Report on the working of the mental hospitals for Indians in Bihar and Orissa - 1925-1929
Year: 1925
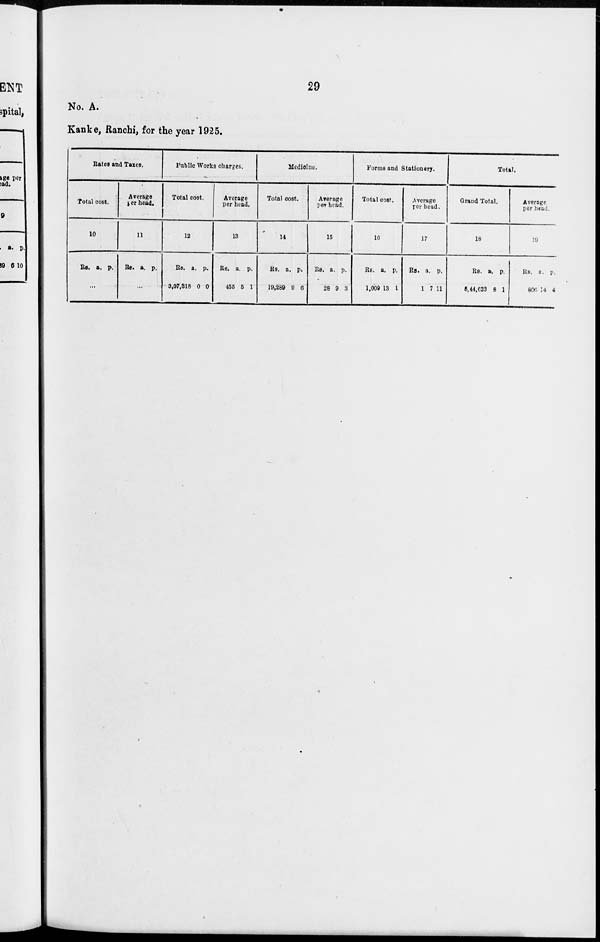
29
No. A.
Kanke, Ranchi, for the year 1925.
Rates and Taxes.
Total cost.
10
Rs. a. p.
...
Average
per head.
11
Rs. a. p.
...
Public Works charges.
Total cost.
12
Rs.
3,07,318
a.
0
p.
0
Average
per head.
13
Rs.
455
a.
5
p.
1
Medicine.
Total cost.
14
Rs.
19,289
a.
9
p.
6
Average
per head.
15
Rs.
28
a.
9
p.
3
Forms and Stationery.
Total cost.
16
Rs.
1,009
a.
13
p.
1
Average
per head.
17
Rs.
1
a.
7
p.
11
Total.
Grand Total.
18
Rs.
5,44,623
a.
8
p.
1
Average
per head.
19
Rs.
806
a.
14
p.
4